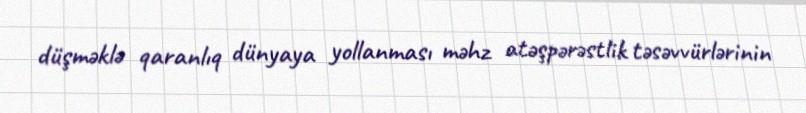
düşməklə qaranlıq dünyaya yollanması məhz atəşpərəstlik təsəvvürlərinin